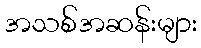
အသစ်အဆန်းများ